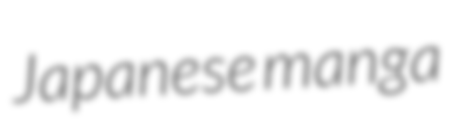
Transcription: Japanese manga